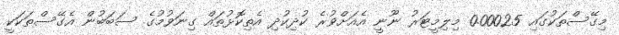
މިގޭސްތަކުގައި 0.00025 މިލިމީޓަރު ނޫނީ އެއަށްވުރެ ކުދިކުދި އެތިކޮޅުތައް ގިނަވުމުގެ ސަބަބުން އެގޭސްތަކަކީ